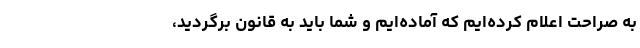
به صراحت اعلام کرده‌ایم که آماده‌ایم و شما باید به قانون برگردید،